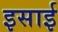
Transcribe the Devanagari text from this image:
इसार्इ